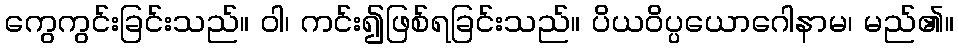
ကွေကွင်းခြင်းသည်။ ဝါ၊ ကင်း၍ဖြစ်ရခြင်းသည်။ ပိယဝိပ္ပယောဂေါနာမ၊ မည်၏။